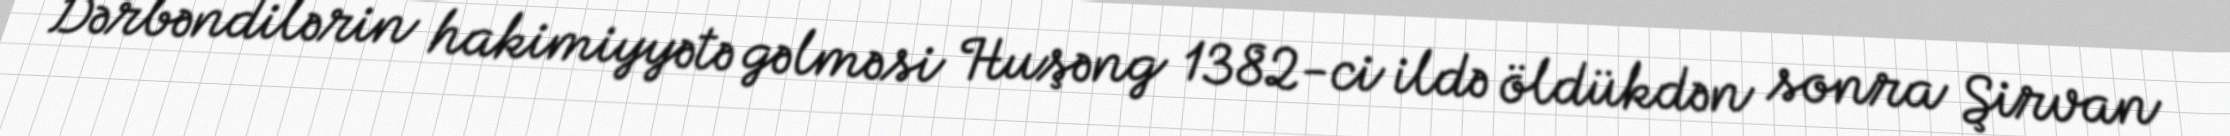
Dərbəndilərin hakimiyyətə gəlməsi Huşəng 1382-ci ildə öldükdən sonra Şirvan